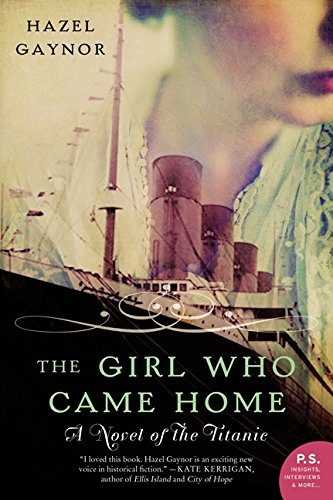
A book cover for The Girl Who Came Home: A Novel of the Titanic (P.S.); Hazel Gaynor; Literature & Fiction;